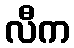
လီက